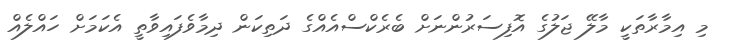
މި އިމާރާތަކީ މާލޭ ޖަލުގެ އޮފިސަރުންނަށް ބެރެކްސްއެއްގެ ދަތިކަން ދިމާވެފައިވާތީ އެކަމަށް ހައްލެއް